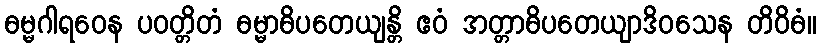
ဓမ္မဂါရဝေန ပဝတ္တိတံ ဓမ္မာဓိပတေယျန္တိ ဧဝံ အတ္တာဓိပတေယျာဒိဝသေန တိဝိဓံ။